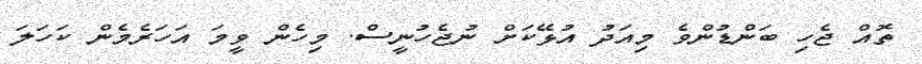
ތޮއް ޖެހި ބަންޑުންވެ މިއަދު އުޅޭކަށް ނުޖެހުނީސް. މިހެން ވީމަ އަހަރެމެން ކަހަލަ